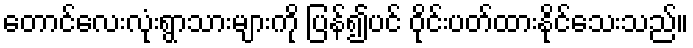
တောင်လေးလုံးရွာသားများကို ပြန်၍ပင် ဝိုင်းပတ်ထားနိုင်သေးသည်။